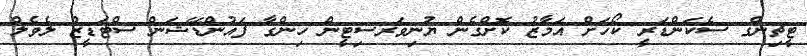
ޓީޗިންގ ސެކަންޑަރީ ކޯހަށް އަމާޒު ކޮށްގެން ޔުނިވަރސިޓީން ހިންގާ ފައުންޑޭޝަން ސްޓަޑީޒް ލެވެލް